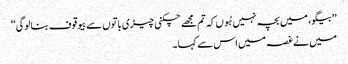
’’بیگو، میں بچہ نہیں ہُوں کہ تم مجھے چکنی چیڑی باتوں سے بیوقوف بنالوگی‘‘
میں نے غصہ میں اس سے کہا۔